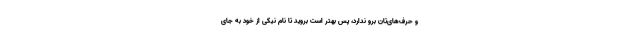
و حرف‌های‌تان برو ندارد، پس بهتر است بروید تا نام نیکی از خود به جای